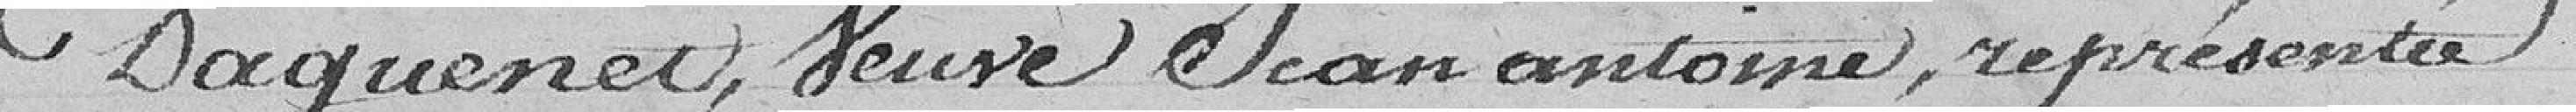
Daguenet, Veuve Jean antoine, représentée